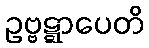
ဥဗ္ဗဋ္ဋာပေတိ